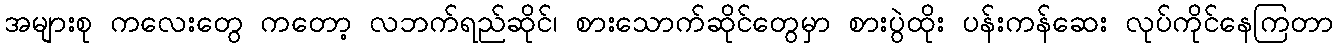
အများစု ကလေးတွေ ကတော့ လဘက်ရည်ဆိုင်၊ စားသောက်ဆိုင်တွေမှာ စားပွဲထိုး ပန်းကန်ဆေး လုပ်ကိုင်နေကြတာ